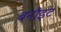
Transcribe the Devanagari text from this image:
बनौइट